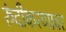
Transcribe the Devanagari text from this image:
रुंदीकरणावर